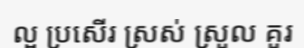
ល្អ ប្រសើរ ស្រស់ ស្រួល គួរ